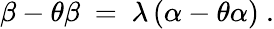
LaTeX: \beta-\theta\beta~=~\lambda\, (\alpha-\theta\alpha)~.